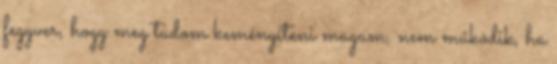
fegyver, hogy meg tudom keményíteni magam, nem működik, ha